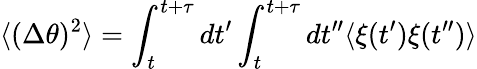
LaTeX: \langle(\Delta\theta)^{2}\rangle=\int_{t}^{t+\tau}dt^{\prime}\int_{t}^{t+\tau}dt^{\prime\prime}\langle\xi(t^{\prime})\xi(t^{\prime\prime})\rangle